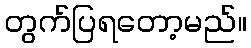
တွက်ပြရတော့မည်။